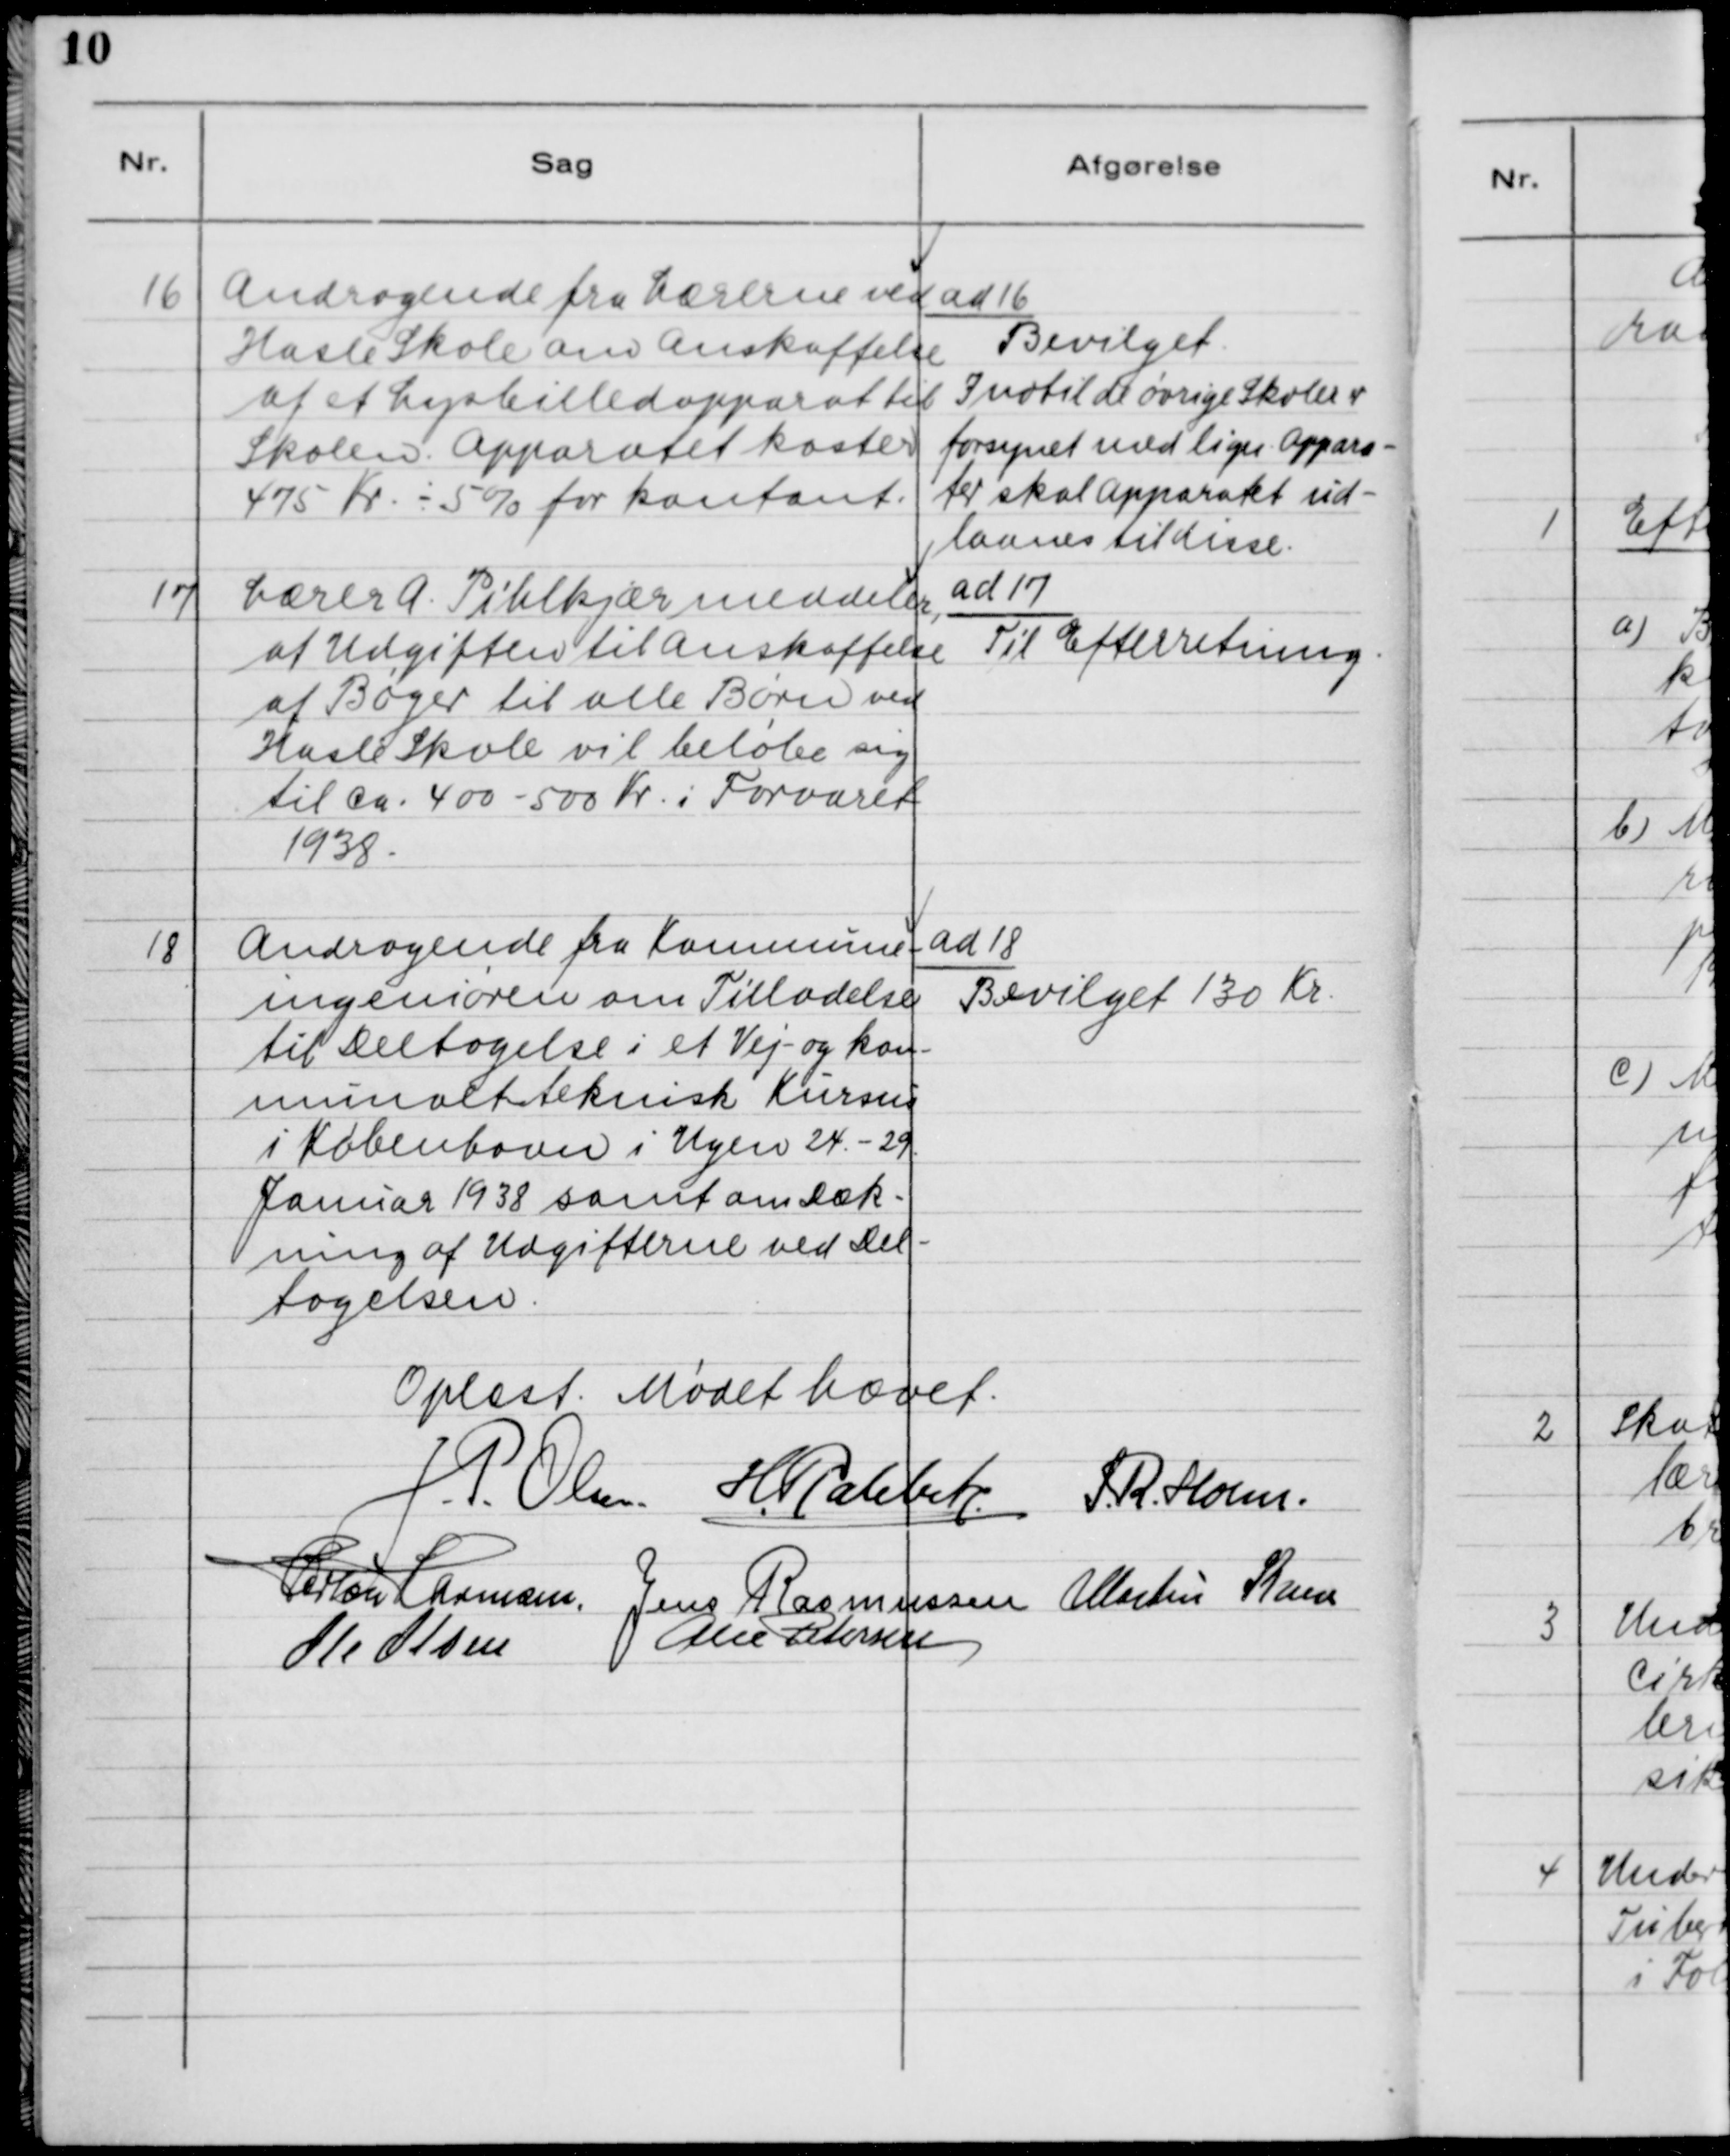
Transskription:
16. Andragende fra Lærerne ved
Hasle Skole om Anskaffelse
af et Lysbilledapparat til
Skolen. Apparatet koster
475 Kr. - 5% for Kontant.

ad 16.
Bevilget.
Indtil de øvrige Skoler er
forsynet med lign. Appara-
ter skal Apparatet ud-
laanes til disse.

17. Lærer A. Pihlkjær meddeler,
at Udgiften til Anskaffelse
af Bøger til alle Børn ved
Hasle Skole vil beløbe sig
til Ca. 400 - 500 Kr. i Forsvaret
1938.

ad 17.
Til Efterretning.

18. Andragende fra Kommune-
ingeniøren om Tilladelse
til Deltagelse i et Vej- og kom
munaltteknisk Kursus
i København i Ugen 24.- 29.
Januar 1938 samt om Dæk-
ning af Udgifterne ved Del-
tagelsen.

ad 18.
Bevilget 130 Kr.

Oplæst. Mødet hævet.